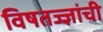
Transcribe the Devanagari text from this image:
विषतज्‍ज्ञांची